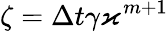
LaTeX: \zeta=\Delta t\gamma\varkappa^{m+1}